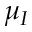
\mu _ { I }